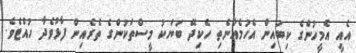
އެއީ އެމީހުންގެ ކިބައިން އެހުމެއްނެތި ހެކިދޭ ބަޔަކު މީސްތަކުންގެ ތެރެއިން ފާޅުވެދާ ހުއްޓެވެ.